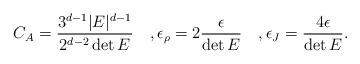
LaTeX: \begin{align*}C_A= \frac{3^{d-1}|E|^{d-1}}{2^{d-2}\det E} \quad, \epsilon_\rho= 2 \frac{\epsilon}{\det E} \quad, \epsilon_J= \frac{4 \epsilon }{\det E} .\end{align*}